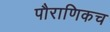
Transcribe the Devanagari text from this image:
पौराणिकच